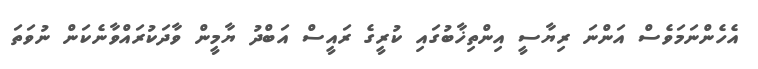
އެހެންނަމަވެސް އަންނަ ރިޔާސީ އިންތިޚާބުގައި ކުރީގެ ރައީސް އަބްދު ޔާމީން ވާދަކުރައްވާނެކަން ނުވަތަ